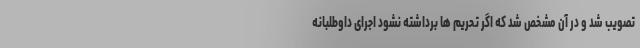
تصویب شد و در آن مشخص شد که اگر تحریم ها برداشته نشود اجرای داوطلبانه